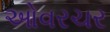
ઓવરચર